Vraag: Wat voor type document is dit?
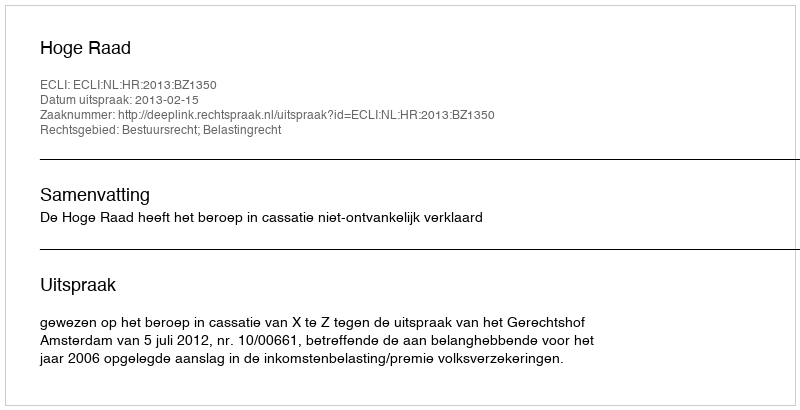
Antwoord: Uitspraak